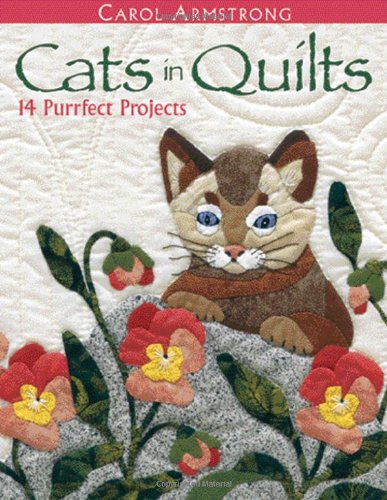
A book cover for Cats in Quilts: 14 Purrfect Projects; Carol Armstrong; Arts & Photography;